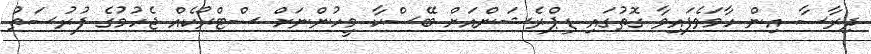
ދިރާސާ އިން ހާމަވެފައިވާ ގޮތުގައި ޑިޕްރެޝަންއަށް ބޭސްކާ މީހުންނަށް ސްޓްރޯކެއް ޖެހުމުގެ ފުރުސަތު